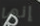
إنها